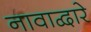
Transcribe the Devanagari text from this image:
नावाद्वारे